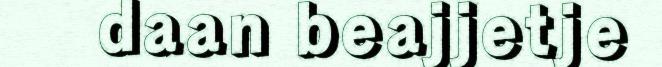
daan beajjetje